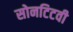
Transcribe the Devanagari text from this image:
सोनटिटवी